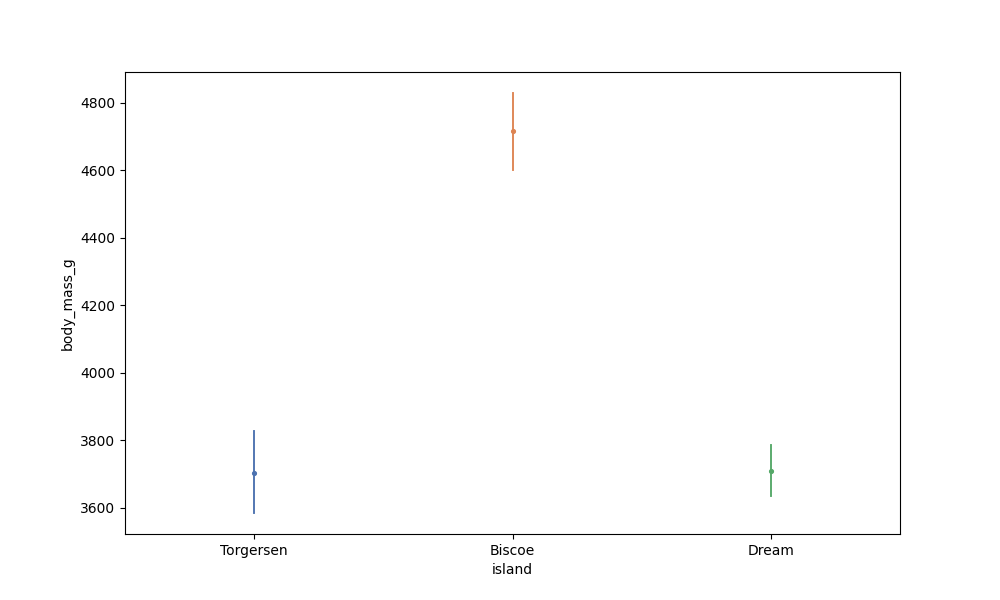
python, seaborn, pointplot, scale=0.5, join=False, hue='None', palette='deep'